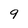
Character: 9